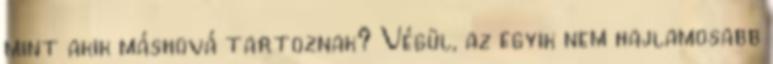
mint akik máshová tartoznak? Végül, az egyik nem hajlamosabb